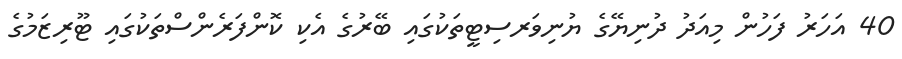
40 އަހަރު ފަހުން މިއަދު ދުނިޔޭގެ ޔުނިވަރސިޓީތަކުގައި ބޭރުގެ އެކި ކޮންފަރެންސްތަކުގައި ޓޫރިޒަމުގެ